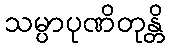
သမ္ပာပုဏိတုန္တိ